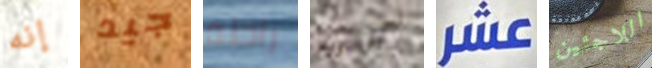
إنه جيد راحلة الشروع عشر اللاجئين